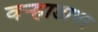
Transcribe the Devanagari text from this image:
वर्‍हाडावर